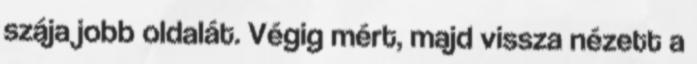
szája jobb oldalát. Végig mért, majd vissza nézett a